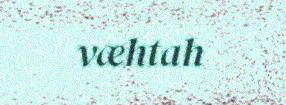
væhtah